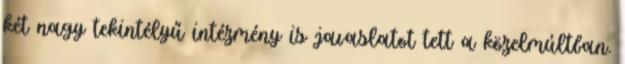
két nagy tekintélyű intézmény is javaslatot tett a közelmúltban.